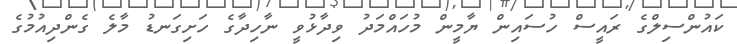
ކައުންސިލްގެ ރައީސް ހުސައިން ޔާމީން މުހައްމަދު ވިދާޅުވީ ނާހިދާގެ ހަށިގަނޑު މާލެ ގެންދިއުމުގެ